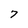
Character: 7